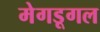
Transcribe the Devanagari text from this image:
मेगडूगल